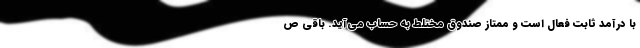
با درآمد ثابت فعال است و ممتاز صندوق مختلط به حساب می‌آید. باقی ص